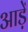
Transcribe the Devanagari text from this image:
आड़ें